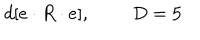
d [ e \cdot R \cdot e ] , \; \; D = 5